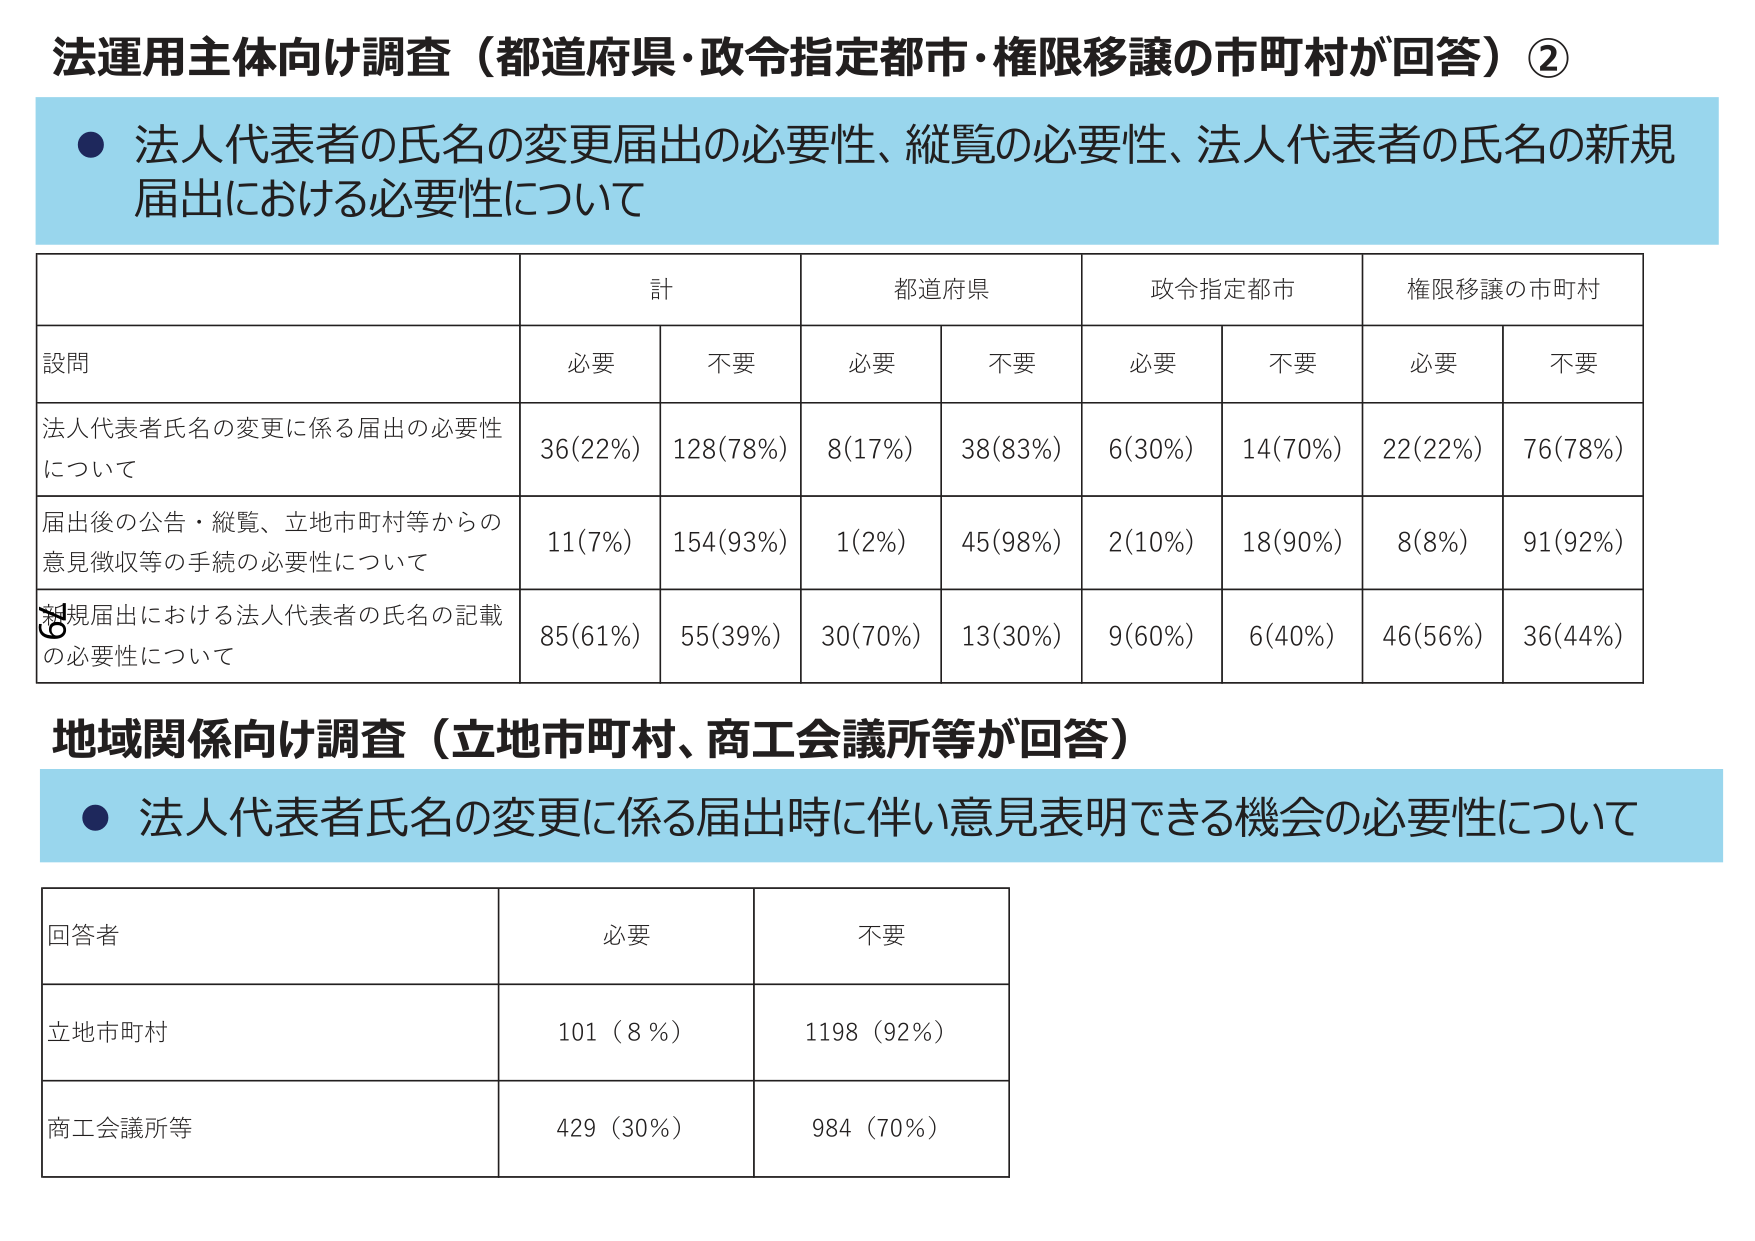
法運用主体向け調査（都道府県・政令指定都市・権限移譲の市町村が回答）②
● 法人代表者の氏名の変更届出の必要性、縦覧の必要性、法人代表者の氏名の新規届出における必要性について
計 都道府県 政令指定都市 権限移譲の市町村
設問 必要 不要 必要 不要 必要 不要 必要 不要
法人代表者氏名の変更に係る届出の必要性について 36(22%) 128(78%) 8(17%) 38(83%) 6(30%) 14(70%) 22(22%) 76(78%)
届出後の公告・縦覧、立地市町村等からの意見徴収等の手続の必要性について 11(7%) 154(93%) 1(2%) 45(98%) 2(10%) 18(90%) 8(8%) 91(92%)
新規届出における法人代表者の氏名の記載の必要性について 85(61%) 55(39%) 30(70%) 13(30%) 9(60%) 6(40%) 46(56%) 36(44%)
地域関係向け調査（立地市町村、商工会議所等が回答）
● 法人代表者氏名の変更に係る届出時に伴い意見表明できる機会の必要性について
回答者 必要 不要
立地市町村 101（8％） 1198（92％）
商工会議所等 429（30％） 984（70％）